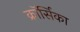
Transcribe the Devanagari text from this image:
क्रॉर्सिका